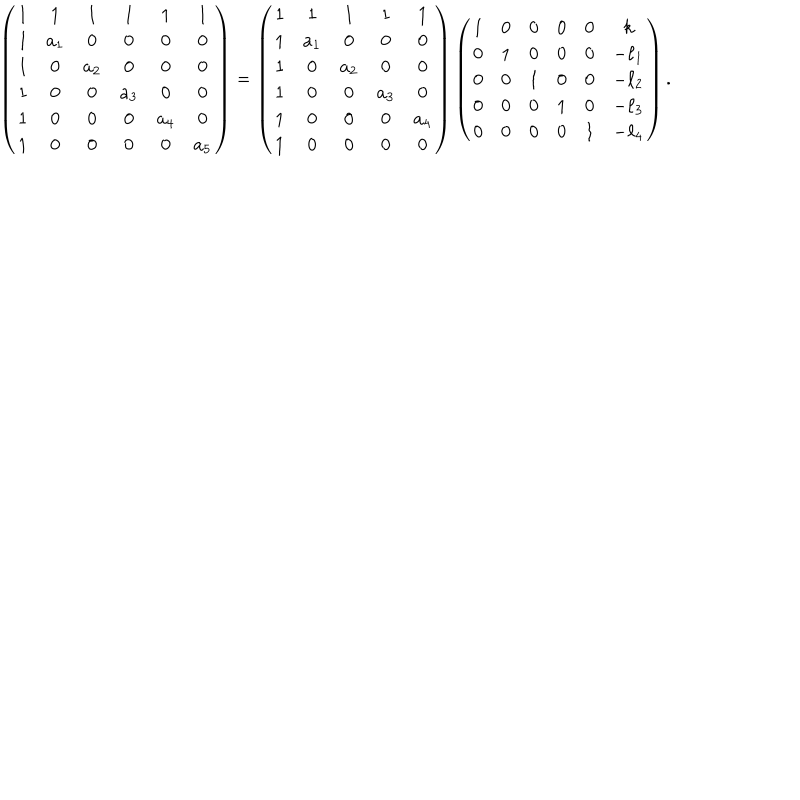
\left( \begin{array} { c c c c c c } { { 1 } } & { { 1 } } & { { 1 } } & { { 1 } } & { { 1 } } & { { 1 } } \\ { { 1 } } & { { a _ { 1 } } } & { { 0 } } & { { 0 } } & { { 0 } } & { { 0 } } \\ { { 1 } } & { { 0 } } & { { a _ { 2 } } } & { { 0 } } & { { 0 } } & { { 0 } } \\ { { 1 } } & { { 0 } } & { { 0 } } & { { a _ { 3 } } } & { { 0 } } & { { 0 } } \\ { { 1 } } & { { 0 } } & { { 0 } } & { { 0 } } & { { a _ { 4 } } } & { { 0 } } \\ { { 1 } } & { { 0 } } & { { 0 } } & { { 0 } } & { { 0 } } & { { a _ { 5 } } } \\ \end{array} \right) = \left( \begin{array} { c c c c c } { { 1 } } & { { 1 } } & { { 1 } } & { { 1 } } & { { 1 } } \\ { { 1 } } & { { a _ { 1 } } } & { { 0 } } & { { 0 } } & { { 0 } } \\ { { 1 } } & { { 0 } } & { { a _ { 2 } } } & { { 0 } } & { { 0 } } \\ { { 1 } } & { { 0 } } & { { 0 } } & { { a _ { 3 } } } & { { 0 } } \\ { { 1 } } & { { 0 } } & { { 0 } } & { { 0 } } & { { a _ { 4 } } } \\ { { 1 } } & { { 0 } } & { { 0 } } & { { 0 } } & { { 0 } } \\ \end{array} \right) \left( \begin{array} { c c c c c c } { { 1 } } & { { 0 } } & { { 0 } } & { { 0 } } & { { 0 } } & { { k } } \\ { { 0 } } & { { 1 } } & { { 0 } } & { { 0 } } & { { 0 } } & { { - \ell _ { 1 } } } \\ { { 0 } } & { { 0 } } & { { 1 } } & { { 0 } } & { { 0 } } & { { - \ell _ { 2 } } } \\ { { 0 } } & { { 0 } } & { { 0 } } & { { 1 } } & { { 0 } } & { { - \ell _ { 3 } } } \\ { { 0 } } & { { 0 } } & { { 0 } } & { { 0 } } & { { 1 } } & { { - \ell _ { 4 } } } \\ \end{array} \right) .